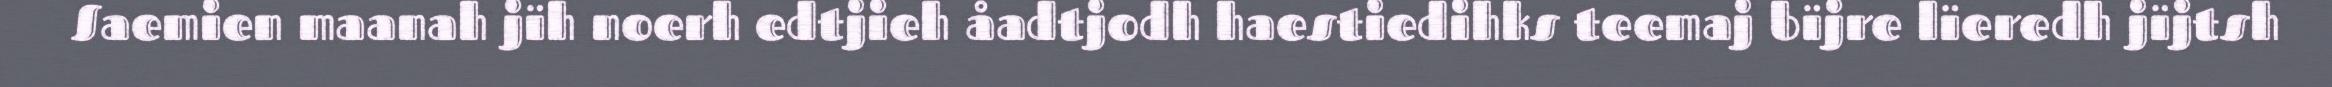
Saemien maanah jïh noerh edtjieh åadtjodh haestiedihks teemaj bïjre lïeredh jïjtsh